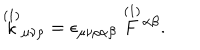
\stackrel { ( 1 ) } { \kappa } \! _ { \mu \nu \rho } = \epsilon _ { \mu \nu \rho \alpha \beta } \stackrel { ( 1 ) } { F } \! ^ { \alpha \beta } .